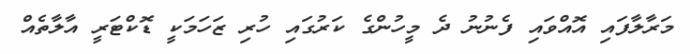
މަރާލާފައި އޮއްވައި ފެނުނު ދެ މީހުންގެ ކަރުގައި ހުރި ޒަހަމަކީ ޑޮކްޓަރީ އާލާތެއް